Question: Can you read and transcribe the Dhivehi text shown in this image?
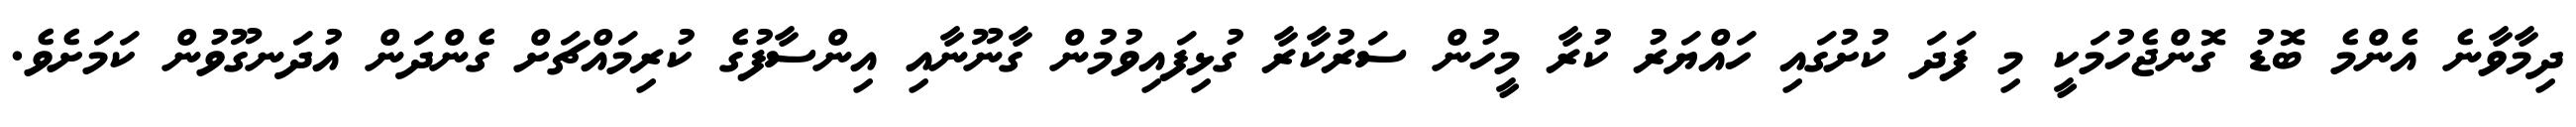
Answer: ދިމާވާނެ އެންމެ ބޮޑު ގޮންޖެހުމަކީ މި ފަދަ ކުށުގައި ހައްޔަރު ކުރާ މީހުން ސަރުކާރާ ގުޅިފައިވުމުން ގާނޫނާއި އިންސާފުގެ ކުރިމައްޗަށް ގެންދަން އުދަނގޫވުން ކަމަށެވެ.